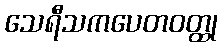
သေရီသကပေတဝတ္ထု